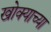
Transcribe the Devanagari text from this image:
खोक्याच्या